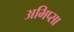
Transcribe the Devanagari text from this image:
अभिप्सा